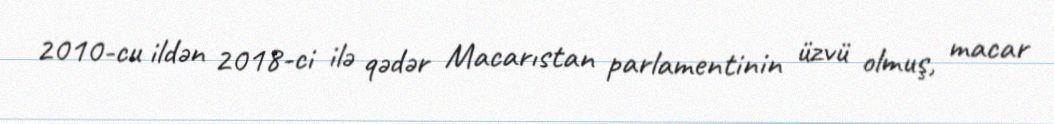
2010-cu ildən 2018-ci ilə qədər Macarıstan parlamentinin üzvü olmuş, macar